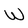
Character: W